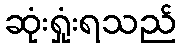
ဆုံးရှုံးရသည်